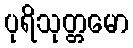
ပုရိသုတ္တမော